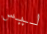
ليس